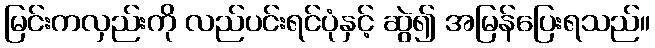
မြင်းကလှည်းကို လည်ပင်းရင်ပုံနှင့် ဆွဲ၍ အမြန်ပြေးရသည်။